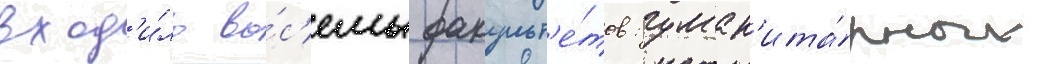
вход'и́ло во́с'емь факульт'е́тов: гуман'ита́рных